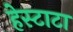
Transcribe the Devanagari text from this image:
हेस्टाटा